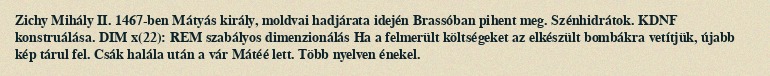
Zichy Mihály II. 1467-ben Mátyás király, moldvai hadjárata idején Brassóban pihent meg. Szénhidrátok. KDNF konstruálása. DIM x(22): REM szabályos dimenzionálás Ha a felmerült költségeket az elkészült bombákra vetítjük, újabb kép tárul fel. Csák halála után a vár Mátéé lett. Több nyelven énekel.